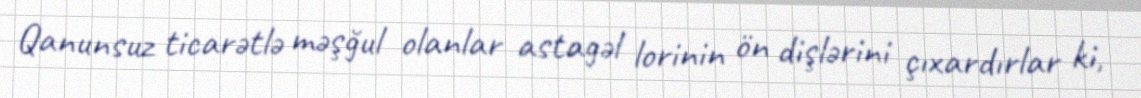
Qanunsuz ticarətlə məşğul olanlar astagəl lorinin ön dişlərini çıxardırlar ki,